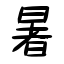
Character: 暑